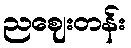
ညဈေးတန်း